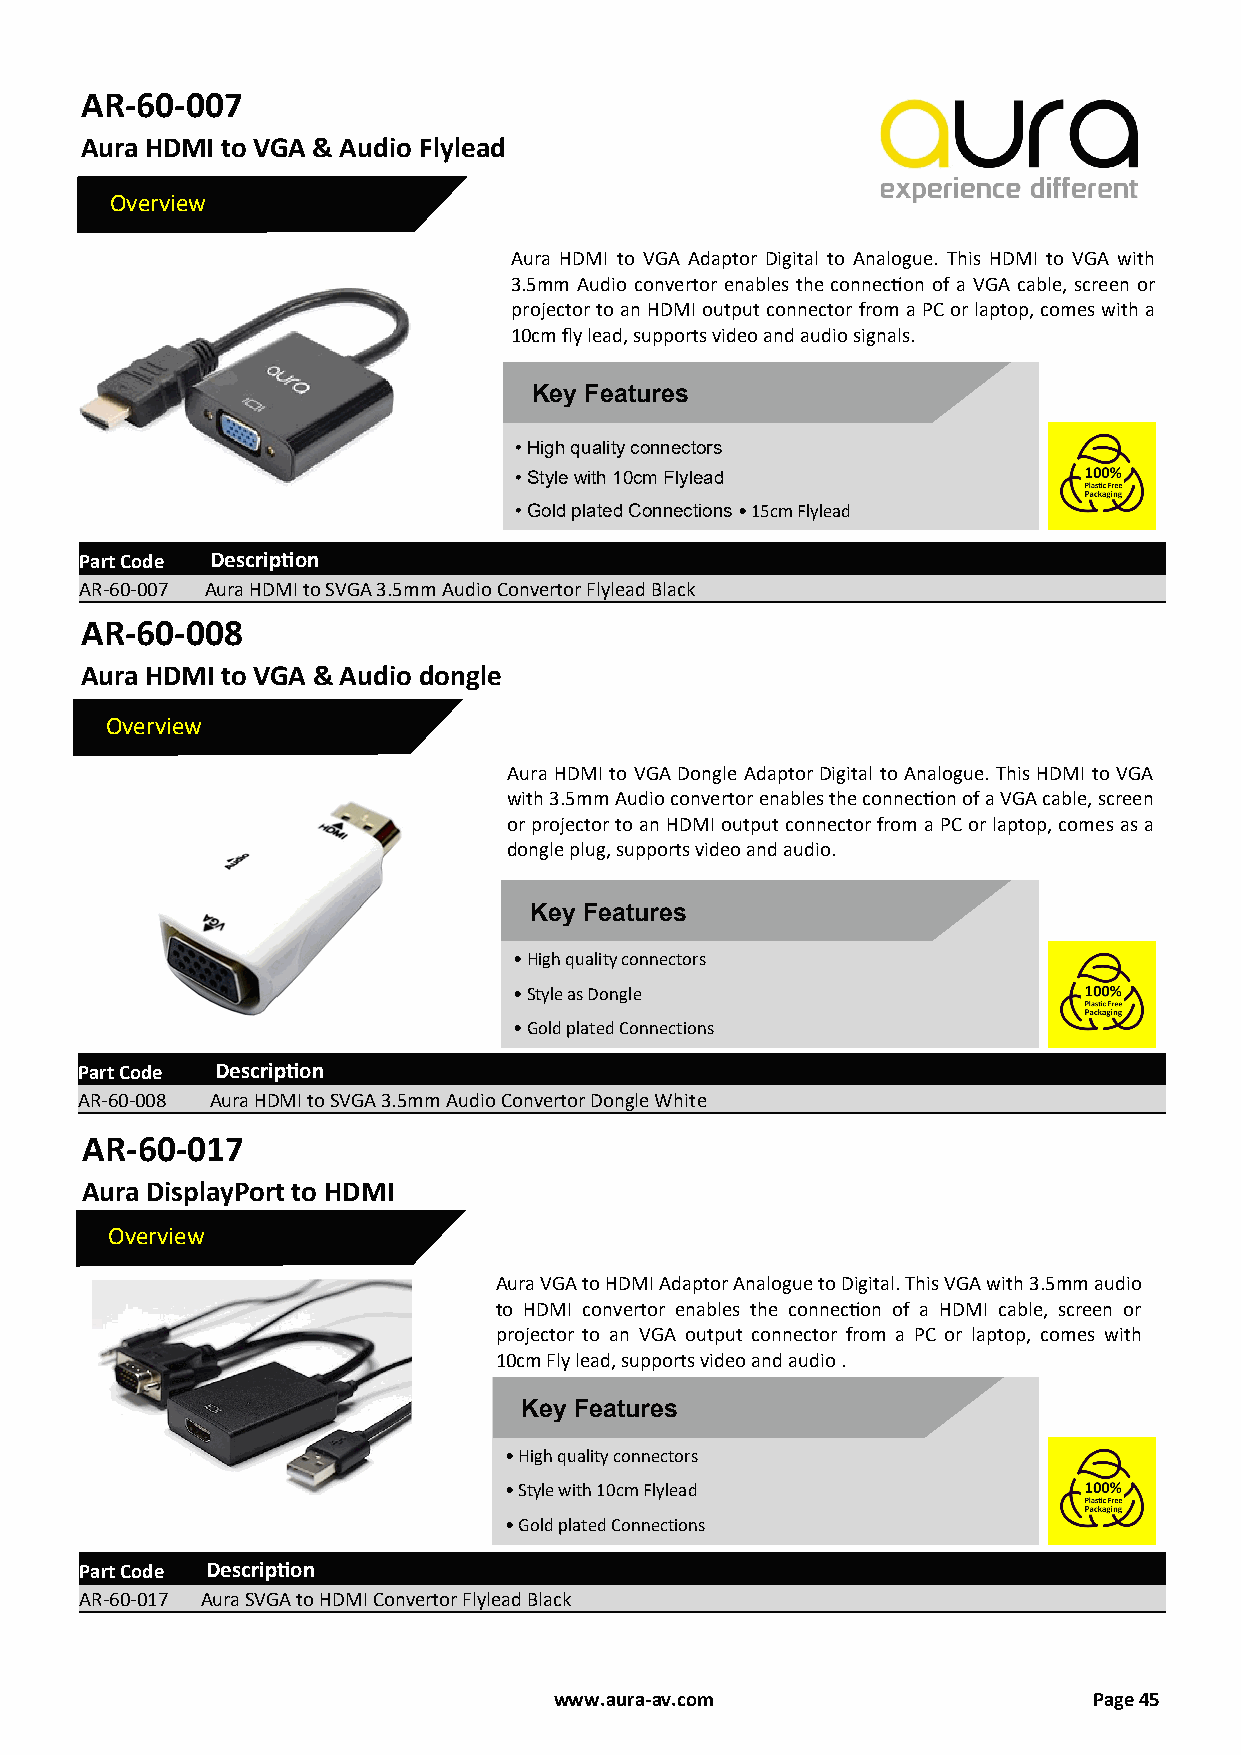
AR-60-007
 Aura HDMI to VGA & Audio Flylead
 Overview
 Aura HDMI to VGA Adaptor Digital to Analogue. This HDMI to VGA with
 3.5mm Audio convertor enables the connection of a VGA cable, screen or
 projector to an HDMI output connector from a PC or laptop, comes with a
 10cm fly lead, supports video and audio signals.
 Key Features
 • High quality connectors
 • Style with 10cm Flylead
 • Gold plated Connections • 15cm Flylead
 Part Code Description
 AR-60-007 Aura HDMI to SVGA 3.5mm Audio Convertor Flylead Black
 AR-60-008
 Aura HDMI to VGA & Audio dongle
 Overview
 Aura HDMI to VGA Dongle Adaptor Digital to Analogue. This HDMI to VGA
 with 3.5mm Audio convertor enables the connection of a VGA cable, screen
 or projector to an HDMI output connector from a PC or laptop, comes as a
 dongle plug, supports video and audio.
 Key Features
 • High quality connectors
 • Style as Dongle
 • Gold plated Connections
 Part Code Description
 AR-60-008 Aura HDMI to SVGA 3.5mm Audio Convertor Dongle White
 AR-60-017
 Aura DisplayPort to HDMI
 Overview
 Aura VGA to HDMI Adaptor Analogue to Digital. This VGA with 3.5mm audio
 to HDMI convertor enables the connection of a HDMI cable, screen or
 projector to an VGA output connector from a PC or laptop, comes with
 10cm Fly lead, supports video and audio .
 Key Features
 • High quality connectors
 • Style with 10cm Flylead
 • Gold plated Connections
 Part Code Description
 AR-60-017 Aura SVGA to HDMI Convertor Flylead Black
 www.aura-av.com                    Page 45